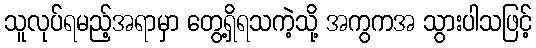
သူလုပ်ရမည့်အရာမှာ တွေ့ရှိရသကဲ့သို့ အကွကအ သွားပါသဖြင့်